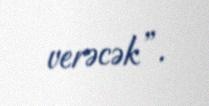
verəcək”.